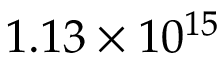
1 . 1 3 \times 1 0 ^ { 1 5 }